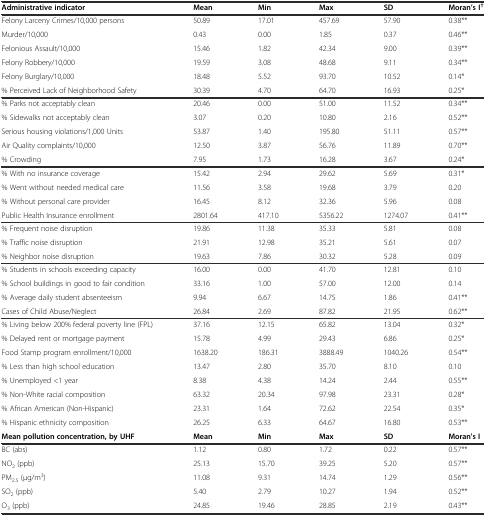
<table><thead><tr><td><b>Administrative indicator</b></td><td><b>Mean</b></td><td><b>Min</b></td><td><b>Max</b></td><td><b>SD</b></td><td><b>Moran’s I<sup>†</sup></b></td></tr></thead><tbody><tr><td>Felony Larceny Crimes/10,000 persons</td><td>50.89</td><td>17.01</td><td>457.69</td><td>57.90</td><td>0.38**</td></tr><tr><td>Murder/10,000</td><td>0.43</td><td>0.00</td><td>1.85</td><td>0.37</td><td>0.46**</td></tr><tr><td>Felonious Assault/10,000</td><td>15.46</td><td>1.82</td><td>42.34</td><td>9.00</td><td>0.39**</td></tr><tr><td>Felony Robbery/10,000</td><td>19.59</td><td>3.08</td><td>48.68</td><td>9.11</td><td>0.34**</td></tr><tr><td>Felony Burglary/10,000</td><td>18.48</td><td>5.52</td><td>93.70</td><td>10.52</td><td>0.14*</td></tr><tr><td>% Perceived Lack of Neighborhood Safety</td><td>30.39</td><td>4.70</td><td>64.70</td><td>16.93</td><td>0.25*</td></tr><tr><td>% Parks not acceptably clean</td><td>20.46</td><td>0.00</td><td>51.00</td><td>11.52</td><td>0.34**</td></tr><tr><td>% Sidewalks not acceptably clean</td><td>3.07</td><td>0.20</td><td>10.80</td><td>2.16</td><td>0.52**</td></tr><tr><td>Serious housing violations/1,000 Units</td><td>53.87</td><td>1.40</td><td>195.80</td><td>51.11</td><td>0.57**</td></tr><tr><td>Air Quality complaints/10,000</td><td>12.50</td><td>3.87</td><td>56.76</td><td>11.89</td><td>0.70**</td></tr><tr><td>% Crowding</td><td>7.95</td><td>1.73</td><td>16.28</td><td>3.67</td><td>0.24*</td></tr><tr><td>% With no insurance coverage</td><td>15.42</td><td>2.94</td><td>29.62</td><td>5.69</td><td>0.31*</td></tr><tr><td>% Went without needed medical care</td><td>11.56</td><td>3.58</td><td>19.68</td><td>3.79</td><td>0.20</td></tr><tr><td>% Without personal care provider</td><td>16.45</td><td>8.12</td><td>32.36</td><td>5.96</td><td>0.08</td></tr><tr><td>Public Health Insurance enrollment</td><td>2801.64</td><td>417.10</td><td>5356.22</td><td>1274.07</td><td>0.41**</td></tr><tr><td>% Frequent noise disruption</td><td>19.86</td><td>11.38</td><td>35.33</td><td>5.81</td><td>0.08</td></tr><tr><td>% Traffic noise disruption</td><td>21.91</td><td>12.98</td><td>35.21</td><td>5.61</td><td>0.07</td></tr><tr><td>% Neighbor noise disruption</td><td>19.63</td><td>7.86</td><td>30.32</td><td>5.28</td><td>0.09</td></tr><tr><td>% Students in schools exceeding capacity</td><td>16.00</td><td>0.00</td><td>41.70</td><td>12.81</td><td>0.10</td></tr><tr><td>% School buildings in good to fair condition</td><td>33.16</td><td>1.00</td><td>57.00</td><td>12.00</td><td>0.14</td></tr><tr><td>% Average daily student absenteeism</td><td>9.94</td><td>6.67</td><td>14.75</td><td>1.86</td><td>0.41**</td></tr><tr><td>Cases of Child Abuse/Neglect</td><td>26.84</td><td>2.69</td><td>87.82</td><td>21.95</td><td>0.62**</td></tr><tr><td>% Living below 200% federal poverty line (FPL)</td><td>37.16</td><td>12.15</td><td>65.82</td><td>13.04</td><td>0.32*</td></tr><tr><td>% Delayed rent or mortgage payment</td><td>15.78</td><td>4.99</td><td>29.43</td><td>6.86</td><td>0.25*</td></tr><tr><td>Food Stamp program enrollment/10,000</td><td>1638.20</td><td>186.31</td><td>3888.49</td><td>1040.26</td><td>0.54**</td></tr><tr><td>% Less than high school education</td><td>13.47</td><td>2.80</td><td>35.70</td><td>8.10</td><td>0.10</td></tr><tr><td>% Unemployed &lt;1 year</td><td>8.38</td><td>4.38</td><td>14.24</td><td>2.44</td><td>0.55**</td></tr><tr><td>% Non-White racial composition</td><td>63.32</td><td>20.34</td><td>97.98</td><td>23.31</td><td>0.28*</td></tr><tr><td>% African American (Non-Hispanic)</td><td>23.31</td><td>1.64</td><td>72.62</td><td>22.54</td><td>0.35*</td></tr><tr><td>% Hispanic ethnicity composition</td><td>26.25</td><td>6.33</td><td>64.67</td><td>16.80</td><td>0.53**</td></tr><tr><td><b>Mean pollution concentration, by UHF</b></td><td><b>Mean</b></td><td><b>Min</b></td><td><b>Max</b></td><td><b>SD</b></td><td><b>Moran&#x27;s I</b></td></tr><tr><td>BC (abs)</td><td>1.12</td><td>0.80</td><td>1.72</td><td>0.22</td><td>0.57**</td></tr><tr><td>NO<sub>2</sub> (ppb)</td><td>25.13</td><td>15.70</td><td>39.25</td><td>5.20</td><td>0.57**</td></tr><tr><td>PM<sub>2.5</sub> (μg/m<sup>3</sup>)</td><td>11.08</td><td>9.31</td><td>14.74</td><td>1.29</td><td>0.56**</td></tr><tr><td>SO<sub>2</sub> (ppb)</td><td>5.40</td><td>2.79</td><td>10.27</td><td>1.94</td><td>0.52**</td></tr><tr><td>O<sub>3</sub> (ppb)</td><td>24.85</td><td>19.46</td><td>28.85</td><td>2.19</td><td>0.43**</td></tr></tbody></table>